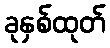
ခုနှစ်ထုတ်